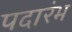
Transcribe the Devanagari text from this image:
पदारंभ